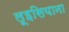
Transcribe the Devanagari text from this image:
लूइसियाना